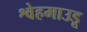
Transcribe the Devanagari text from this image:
श्वेहमाउडू